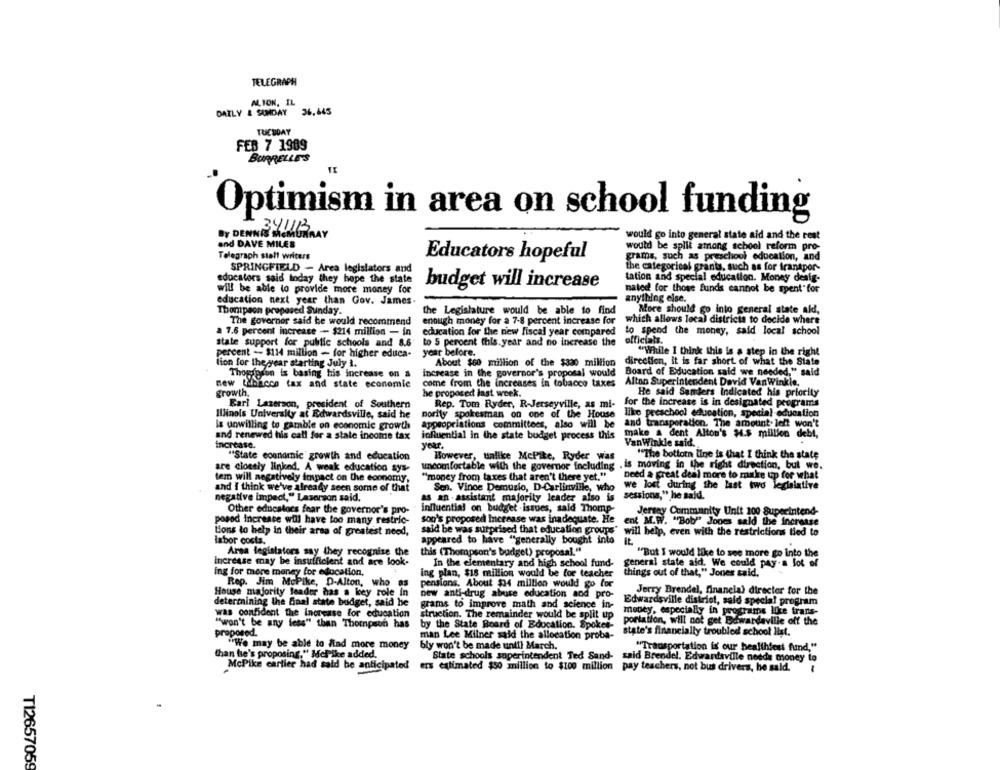
TELEGRAPH
ALION, IL
DAILY & SUNDAY 36.445
TUESDAY
FEB 7 1989
BURRELLE'S
Optimism in area on school funding
34113
would go into general state aid and the rest
and DAVE MILES
would be split among school reform pro-
Telegraph stall writers
Educators hopeful
grams, such as preschool education, and
SPRINGFIELD - Area legislators and
the categorical grants, such as for transpor-
tation and special education. Money dealg-
educators said today they hope the state
budget will increase
will be able to provide more money for
nated for those funds cannot be spent"for
education next year than Gov. James.
anything else.
Thompson proposed Sunday.
the Legislature would be able to find
More should go into general state ald,
The governor said be would recommend
enough money for a 7-8 percent increase for
which allows local districts to decide where
a 7.6 percent increase -- $214 million - in
education for the new fiscal year compared
to spend the money, said local school
officials.
state support for public schools and 8.6'
to 5 percent this year and no increase the
percent -- $114 million - for higher educa-
year before.
"While I think this is a step in the right
lion for the year starting July 1.
About $60 million of the $300 million
direction, it is far short of what the State
Thopinion is basing his increase on a
increase in the governor's proposal would
Board of Education said we needed," said
new Wibacco tax and state economie
come from the increases in tobacco taxes
Alton Superintendent David VanWinkle.
growth.
he proposed last week.
He said Sanders Indicated his priority
Earl Laserson, president of Southern
Rep. Tom Ryder, R-Jerseyville, as mi-
for the increase is in designated programs
Illinois University at Edwardsville, said he
pority spokesman on one of the House like preschool education, special education
and transperation. The amount. left won't
is unwilling to gamble on economic growth
appropriations committees, also will be
and renewed his call for a state income tax
influential in the state budget process this
make a dent Alton's #4.$ million debl,
increase.
year.
VanWinkle said.
"The bottomn line is that I think the state
"State economic growth and education
However, unlike McPike, Ryder was
are closely linked. A weak education sys-
uncomfortable with the governor including . is moving in the right direction, but we.
tem will negatively impact on the economy,
"money from taxes that aren't there yet."
need a great deal more to make up for what
we lost during the last two legislative
and I think we've already seen some of that
Sen. Vince Demuzio, D-Carlinville, who
negative impact," Lasorson said.
as an - assistant majority leader also is
sessions," he said.
influential on budget . issues, said Thomp-
Other educatocs fear the governor's pro-
Jersey Community Unit 100 Superintend-
posod increase will have too many restric-
son's proposed Increase was inadequate. He
ent M.W. "Bob"" Jones sald the increase
Lions to help in their area of greatest need,
said be was surprised that education groups" will help, even with the restrictions tied to
appeared to have "generally bought into
labor costs.
IL
Area legislators say they recognise the
this (Thompson's budget) proposal."
"But I would like to see more go into the
Increase may be insufficient and are look-
In the elementary and high school fund-
general state aid. We could pay-a lot of
ing for more money for education,
ing plan, $18 million would be for teacher
things out of that," Jones said,
Rep. Jim McPike, D-Alton, who as
pensions, About $34 million would go for
House majority leader has a key role in
new anti-drug abuse education and pro-
Jerry Brendel, financial director for the
Edwardsville district, said special program
determining the final state budget, said he
grams to improve math and science in-
was confident the increase for education
struction. The remainder would be split up
money, especially in programs like trans-
"won't be any less" than Thompson has
by the State Board of Education. Spoket-
portation, will not get Edwardaville off the
proporod.
state's financially troubled school list.
man Lee Milner said the allocation proba-
"We may be able to Had more money
bly won't be made until March.
"Transportation is our healthiest fund,"
than he's proposing." Melike added.
State schools superintendent Ted Sand- said Brendel. Edwardsville needs money to
McPike carlier had said be anticipated
ers estimated $50 million to $100 million
pay teachers, not bus drivers, he said.
T12657059